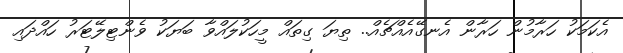
އެކަމަކު ހަރާމުން ހަރާން އެނގޭއެއްޗެއް.. ތިޔަ ގިތައް މީހަކުލައްވާ ބަޔަކު ވެންޓިލޭޓަރު ހައްދައި